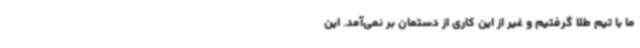
ما با تیم طلا گرفتیم و غیر از این کاری از دستمان بر نمی‌آمد. این